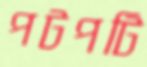
পটপটি